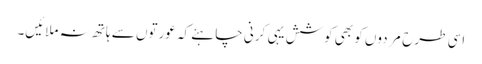
اسی طرح مَردوں کو بھی کوشش یہی کرنی چاہئے کہ عورتوں سے ہاتھ نہ ملائیں۔